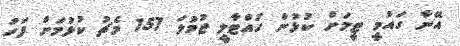
އޭނާ ގައުމީ ޓީމަށް ކުޅުން ހުއްޓާލީ ޖުމުލަ 157 މެޗު ކުޅުމަށް ފަހު